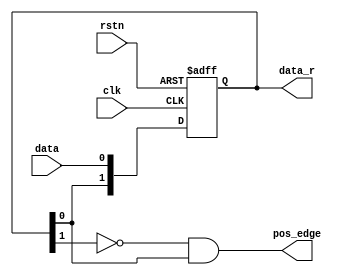
`timescale 1ns / 1ps
//////////////////////////////////////////////////////////////////////////////////
// Company: 
// Engineer: 
// 
// Design Name: 
// Module Name: ps
// Project Name: 
// Target Devices: 
// Tool Versions: 
// Description: 
// 
// Dependencies: 
// 
// Revision:
// Revision 0.01 - File Created
// Additional Comments:
// 
//////////////////////////////////////////////////////////////////////////////////

module PS(clk,rstn,data,pos_edge,data_r);

      input       clk;
	  input       rstn;
	  input       data;
	  output      pos_edge;    //

	  output reg     [1:0]   data_r;      
	
	//
	//dat_i 
	always @(posedge clk or negedge rstn)begin
	    if(rstn == 1'b0)begin
	        data_r <= 2'b11;
	    end
	    else begin
	        data_r <= {data_r[0], data};    //{}
	    end
	end
	//
	//data_r[1]data_r[0]
	assign  pos_edge = ~data_r[1] & data_r[0];  
	
	
endmodule

module PS4 (      
      input     clk,
	  input      rstn,
	  input   [3:0] data,
	  output  [3:0] pos_edge    //
);

PS PS0(.clk(clk),.rstn(rstn),.data(data[0]),.pos_edge(pos_edge[0]));
PS PS1(.clk(clk),.rstn(rstn),.data(data[1]),.pos_edge(pos_edge[1]));
PS PS2(.clk(clk),.rstn(rstn),.data(data[2]),.pos_edge(pos_edge[2]));
PS PS3(.clk(clk),.rstn(rstn),.data(data[3]),.pos_edge(pos_edge[3]));
/*PS PS4(.clk(clk),.rstn(rstn),.data(data[4]),.pos_edge(pos_edge[4]));
PS PS5(.clk(clk),.rstn(rstn),.data(data[5]),.pos_edge(pos_edge[5]));
PS PS6(.clk(clk),.rstn(rstn),.data(data[6]),.pos_edge(pos_edge[6]));
PS PS7(.clk(clk),.rstn(rstn),.data(data[7]),.pos_edge(pos_edge[7]));
PS PS8(.clk(clk),.rstn(rstn),.data(data[8]),.pos_edge(pos_edge[8]));
PS PS9(.clk(clk),.rstn(rstn),.data(data[9]),.pos_edge(pos_edge[9]));
PS PS10(.clk(clk),.rstn(rstn),.data(data[10]),.pos_edge(pos_edge[10]));
PS PS11(.clk(clk),.rstn(rstn),.data(data[11]),.pos_edge(pos_edge[11]));
PS PS12(.clk(clk),.rstn(rstn),.data(data[12]),.pos_edge(pos_edge[12]));
PS PS13(.clk(clk),.rstn(rstn),.data(data[13]),.pos_edge(pos_edge[13]));
PS PS14(.clk(clk),.rstn(rstn),.data(data[14]),.pos_edge(pos_edge[14]));
PS PS15(.clk(clk),.rstn(rstn),.data(data[15]),.pos_edge(pos_edge[15]));
PS PS16(.clk(clk),.rstn(rstn),.data(data[16]),.pos_edge(pos_edge[16]));
PS PS17(.clk(clk),.rstn(rstn),.data(data[17]),.pos_edge(pos_edge[17]));
PS PS18(.clk(clk),.rstn(rstn),.data(data[18]),.pos_edge(pos_edge[18]));
PS PS19(.clk(clk),.rstn(rstn),.data(data[19]),.pos_edge(pos_edge[19]));*/

endmodule